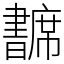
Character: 𢅺